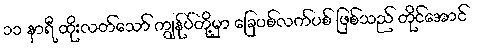
၁၁ နာရီ ထိုးလတ်သော် ကျွန်ုပ်တို့မှာ ခြေပစ်လက်ပစ် ဖြစ်သည် တိုင်အောင်